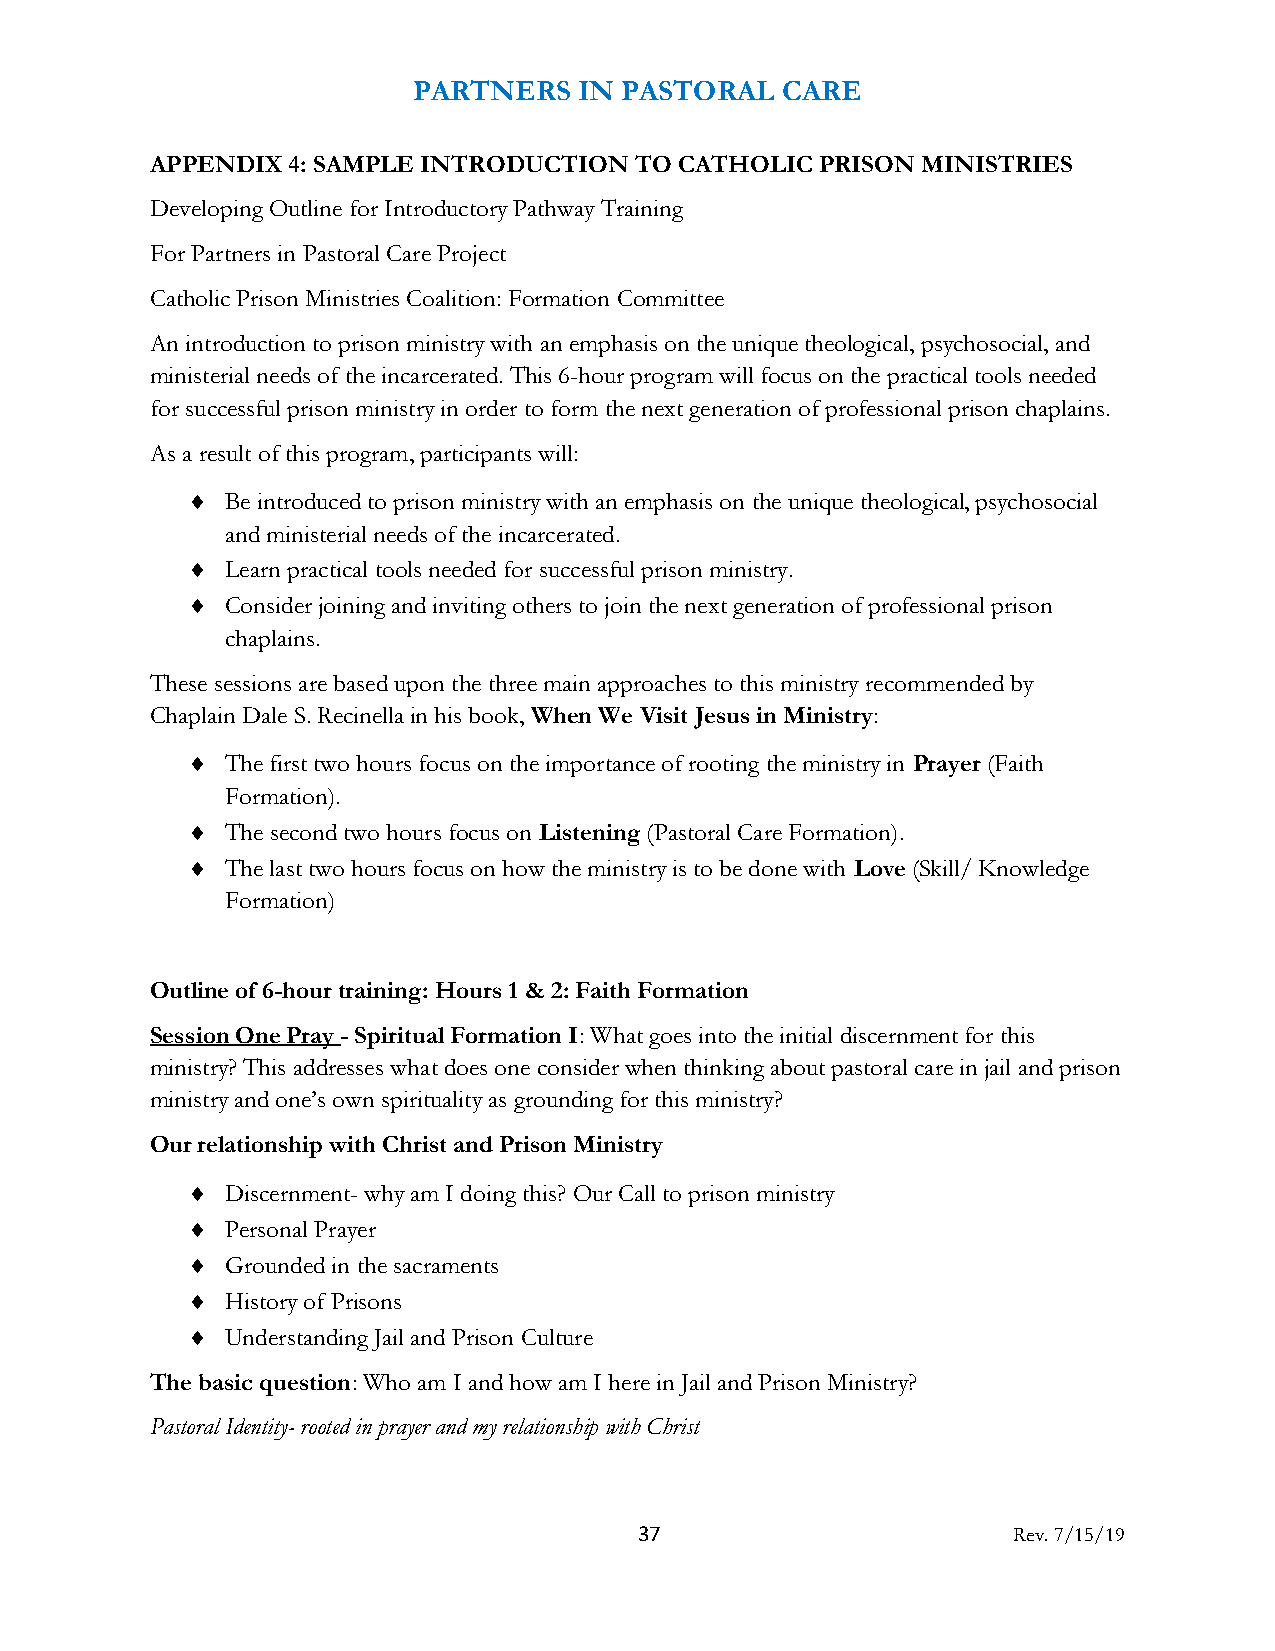
PARTNERS   IN PASTORAL   CARE
 APPENDIX 4: SAMPLE INTRODUCTION TO CATHOLIC PRISON MINISTRIES
 Developing Outline for Introductory Pathway Training
 For Partners in Pastoral Care Project
 Catholic Prison Ministries Coalition: Formation Committee
 An introduction to prison ministry with an emphasis on the unique theological, psychosocial, and
 ministerial needs of the incarcerated. This 6-hour program will focus on the practical tools needed
 for successful prison ministry in order to form the next generation of professional prison chaplains.
 As a result of this program, participants will:
   Be introduced to prison ministry with an emphasis on the unique theological, psychosocial
 and ministerial needs of the incarcerated.
   Learn practical tools needed for successful prison ministry.
   Consider joining and inviting others to join the next generation of professional prison
 chaplains.
 These sessions are based upon the three main approaches to this ministry recommended by
 Chaplain Dale S. Recinella in his book, When We Visit Jesus in Ministry:
   The first two hours focus on the importance of rooting the ministry in Prayer (Faith
 Formation).
   The second two hours focus on Listening (Pastoral Care Formation).
   The last two hours focus on how the ministry is to be done with Love (Skill/ Knowledge
 Formation)
 Outline of 6-hour training: Hours 1 & 2: Faith Formation
 Session One Pray - Spiritual Formation I: What goes into the initial discernment for this
 ministry? This addresses what does one consider when thinking about pastoral care in jail and prison
 ministry and one’s own spirituality as grounding for this ministry?
 Our relationship with Christ and Prison Ministry
   Discernment- why am I doing this? Our Call to prison ministry
   Personal Prayer
   Grounded in the sacraments
   History of Prisons
   Understanding Jail and Prison Culture
 The basic question: Who am I and how am I here in Jail and Prison Ministry?
 Pastoral Identity- rooted in prayer and my relationship with Christ
 37                       Rev. 7/15/19